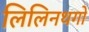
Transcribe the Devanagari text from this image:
लिलिनथगो